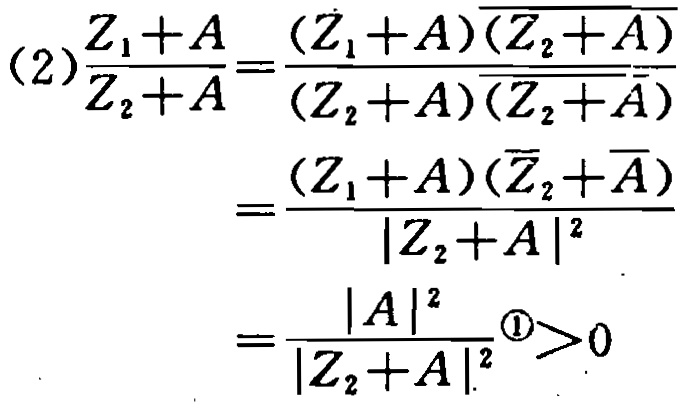
\[
\begin{align*}
\frac{Z_1 + A}{Z_2 + A}&=\frac{(Z_1 + A)\overline{(Z_2 + A)}}{(Z_2 + A)\overline{(Z_2 + A)}}\\
&=\frac{(Z_1 + A)(\overline{Z_2}+\overline{A})}{|Z_2 + A|^2}\\
&=\frac{|A|^2}{|Z_2 + A|^2}^{\textcircled{1}}>0
\end{align*}
\]